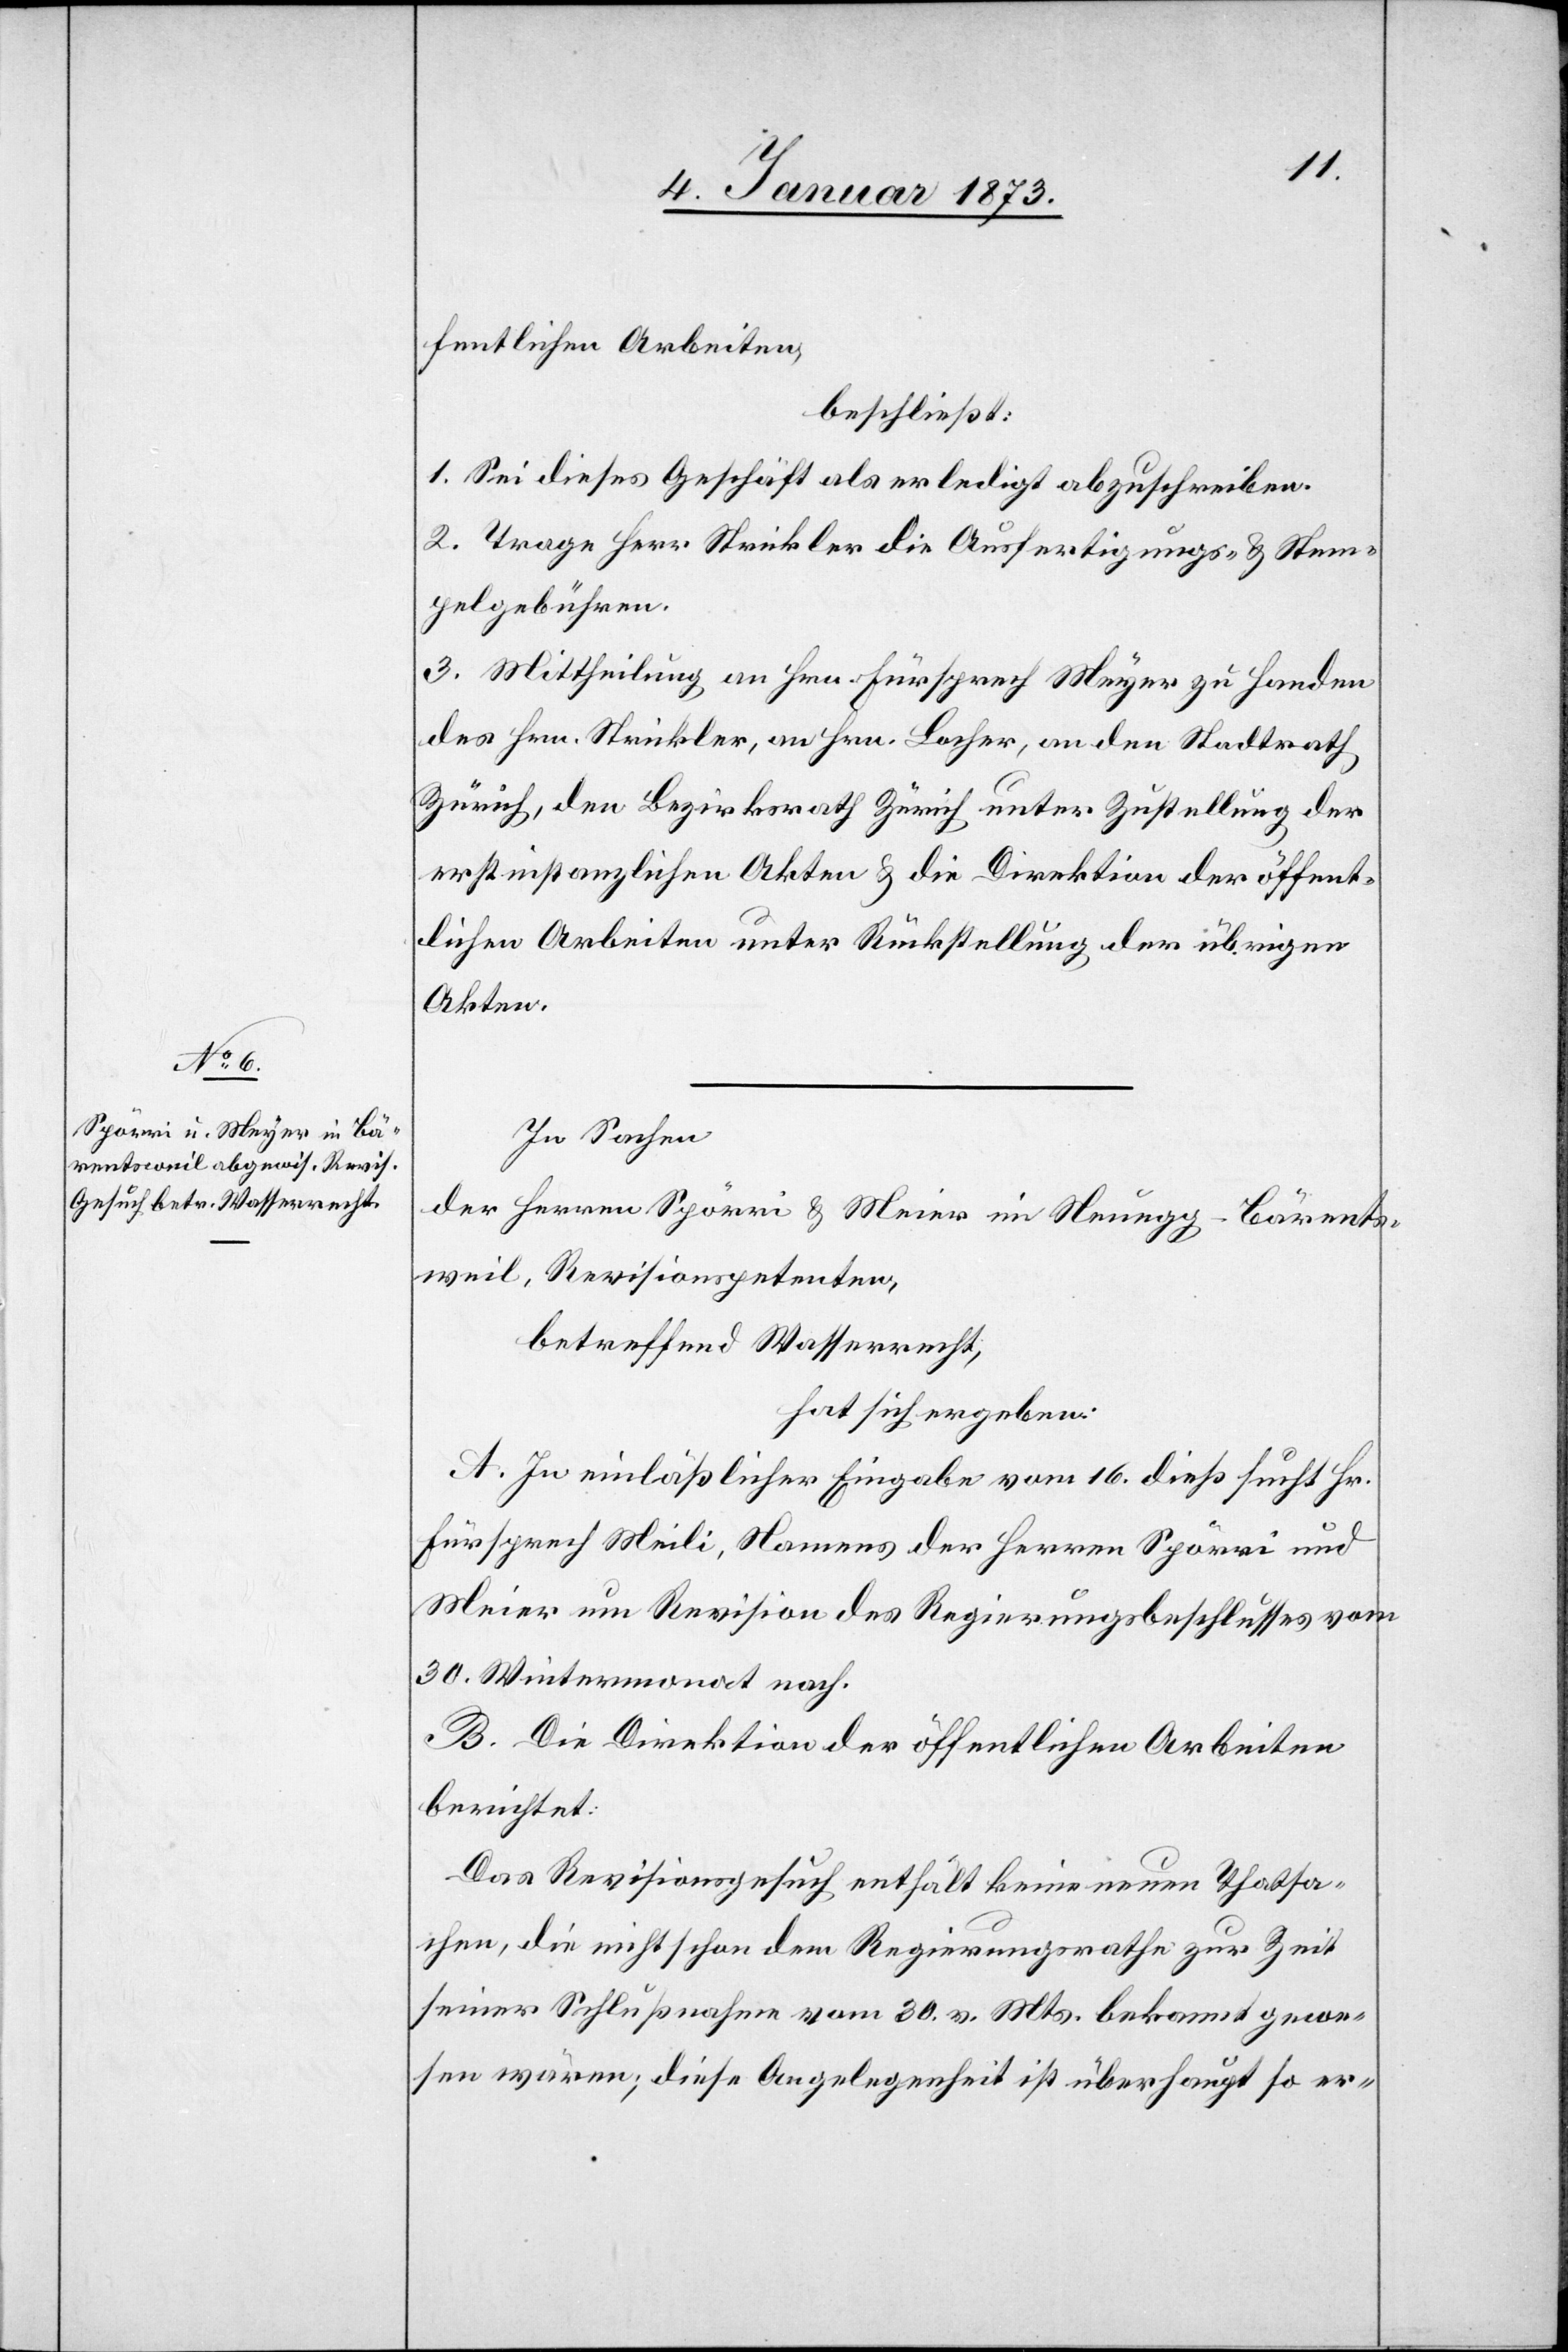
fentlichen Arbeiten
beschließt:
1. Sei dieses Geschäft als erledigt abzuschreiben.
2. Trage Herr Strickler die Ausfertigungs- & Stem¬
pelgebühren.
3. Mittheilung an Hrn. Fürsprech Meyer zu Handen
des Hrn. Strickler, an Hrn. Lacher, an den Stadtrath
Zürich, den Bezirksrath Zürich unter Zustellung der
erstinstanzlichen Akten & die Direktion der öffent¬
lichen Arbeiten unter Rückstellung der übrigen
Akten.
In Sachen
der Herren Spörri & Meier [sic!] im Neuegg-Bärents¬
weil, Revisionspetenten,
betreffend Wasserrecht,
hat sich ergeben:
A. In einläßlicher Eingabe vom 16. dieß sucht Hr.
Fürsprech Meili, Namens der Herren Spörri und
Meier um Revision des Regierungsbeschlusses vom
30. Wintermonat nach.
B. Die Direktion der öffentlichen Arbeiten
berichtet:
Das Revisionsgesuch enthält keine neuen Tatsa¬
chen, die nicht schon dem Regierungsrathe zur Zeit
seiner Schlußnahme vom 30. v. Mts. bekannt gewe¬
sen wären; diese Angelegenheit ist überhaupt so er-